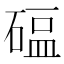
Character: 𬒖